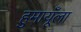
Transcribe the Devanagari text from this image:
हुमायूँला